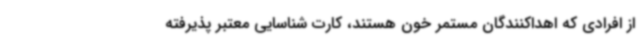
از افرادی که اهداکنندگان مستمر خون هستند، کارت شناسایی معتبر پذیرفته